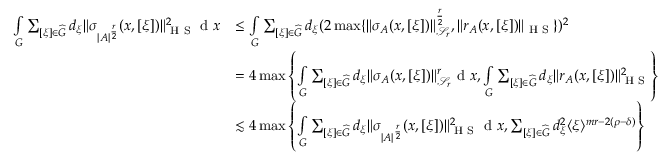
\begin{array} { r l } { \smallint _ { G } \sum _ { [ \xi ] \in \widehat { G } } d _ { \xi } \Vert \sigma _ { | A | ^ { \frac { r } { 2 } } } ( x , [ \xi ] ) \Vert _ { \textnormal { H S } } ^ { 2 } \textnormal { d } x } & { \leq \smallint _ { G } \sum _ { [ \xi ] \in \widehat { G } } d _ { \xi } ( 2 \operatorname* { m a x } \{ \Vert \sigma _ { A } ( x , [ \xi ] ) \Vert _ { \mathscr { S } _ { r } } ^ { \frac { r } { 2 } } , \Vert r _ { A } ( x , [ \xi ] ) \Vert _ { \textnormal { H S } } \} ) ^ { 2 } } \\ & { = 4 \operatorname* { m a x } \left\{ \smallint _ { G } \sum _ { [ \xi ] \in \widehat { G } } d _ { \xi } \Vert \sigma _ { A } ( x , [ \xi ] ) \Vert _ { \mathscr { S } _ { r } } ^ { r } \textnormal { d } x , \smallint _ { G } \sum _ { [ \xi ] \in \widehat { G } } d _ { \xi } \Vert r _ { A } ( x , [ \xi ] ) \Vert _ { \textnormal { H S } } ^ { 2 } \right\} } \\ & { \lesssim 4 \operatorname* { m a x } \left\{ \smallint _ { G } \sum _ { [ \xi ] \in \widehat { G } } d _ { \xi } \Vert \sigma _ { | A | ^ { \frac { r } { 2 } } } ( x , [ \xi ] ) \Vert _ { \textnormal { H S } } ^ { 2 } \textnormal { d } x , \sum _ { [ \xi ] \in \widehat { G } } d _ { \xi } ^ { 2 } \langle \xi \rangle ^ { m r - 2 ( \rho - \delta ) } \right\} } \end{array}